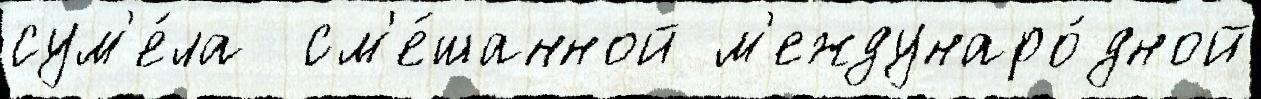
сум'е́ла  см'е́шанной м'еждунаро́дной